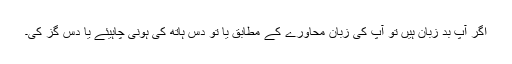
اگر آپ بد زبان ہیں تو آپ کی زبان محاورے کے مطابق یا تو دس ہاتھ کی ہونی چاہیئے یا دس گز کی۔